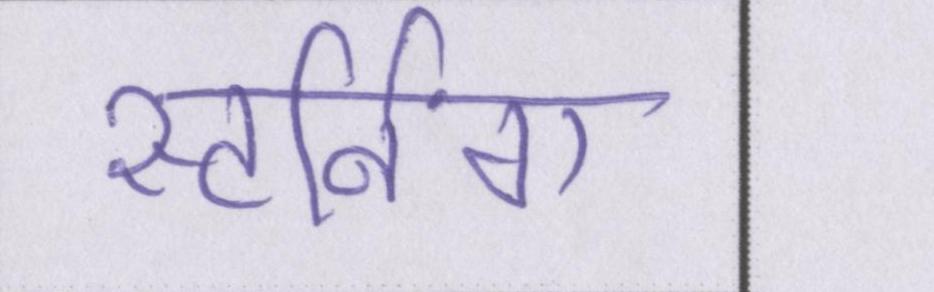
स्टर्निंग